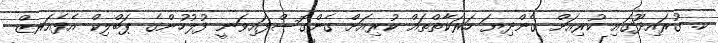
ކ. ގުރައިދޫގައި ކުރިއަށް ގެންދިޔަ ހަރަކާތްތައް ކުރިއަށް ގެންގޮސްފައިވަނީ ފުލުހުންގެ ޕަބްލިކް އެފެއަރޒް